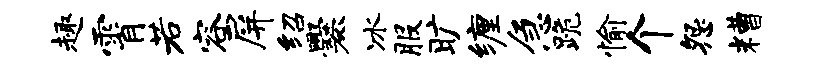
趣霄若容屏绍爨冰服旷缠急跪愉个怨糟